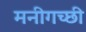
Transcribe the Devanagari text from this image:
मनीगच्छी